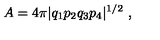
A = 4 \pi | q _ { 1 } p _ { 2 } q _ { 3 } p _ { 4 } | ^ { 1 / 2 } \ ,